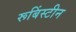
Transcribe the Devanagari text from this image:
रूबिंस्टीन